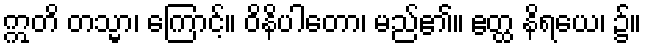
ဣတိ တသ္မာ၊ ကြောင့်။ ဝိနိပါတော၊ မည်၏။ ဧတ္ထ နိရယေ၊ ၌။